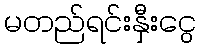
မတည်ရင်းနှီးငွေ